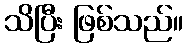
သိပြီး ဖြစ်သည်။